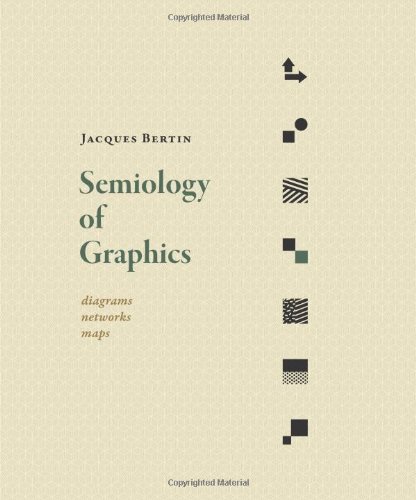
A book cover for Semiology of Graphics: Diagrams, Networks, Maps; Jacques Bertin; Science & Math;